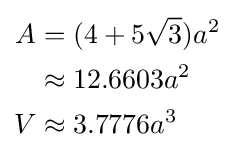
{\begin{aligned}A&=(4+5{\sqrt {3}})a^{2}\\&\approx 12.6603a^{2}\\V&\approx 3.7776a^{3}\end{aligned}}